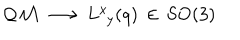
LaTeX: \mathcal { Q M } \, \longrightarrow \, L _ { \phantom { x } y } ^ { x } ( q ) \, \in \, \mathrm { S O ( 3 ) }